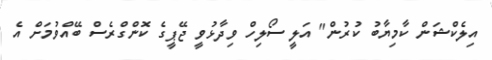
އިލެކްޝަން ކާމިޔާބު ކުރުން" އަލީ ސޯލިހް ވިދާޅުވީ ޖޭޕީގެ ކޮންގްރެސް ބޭއްވުމަށް އެ